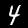
Digit: 4